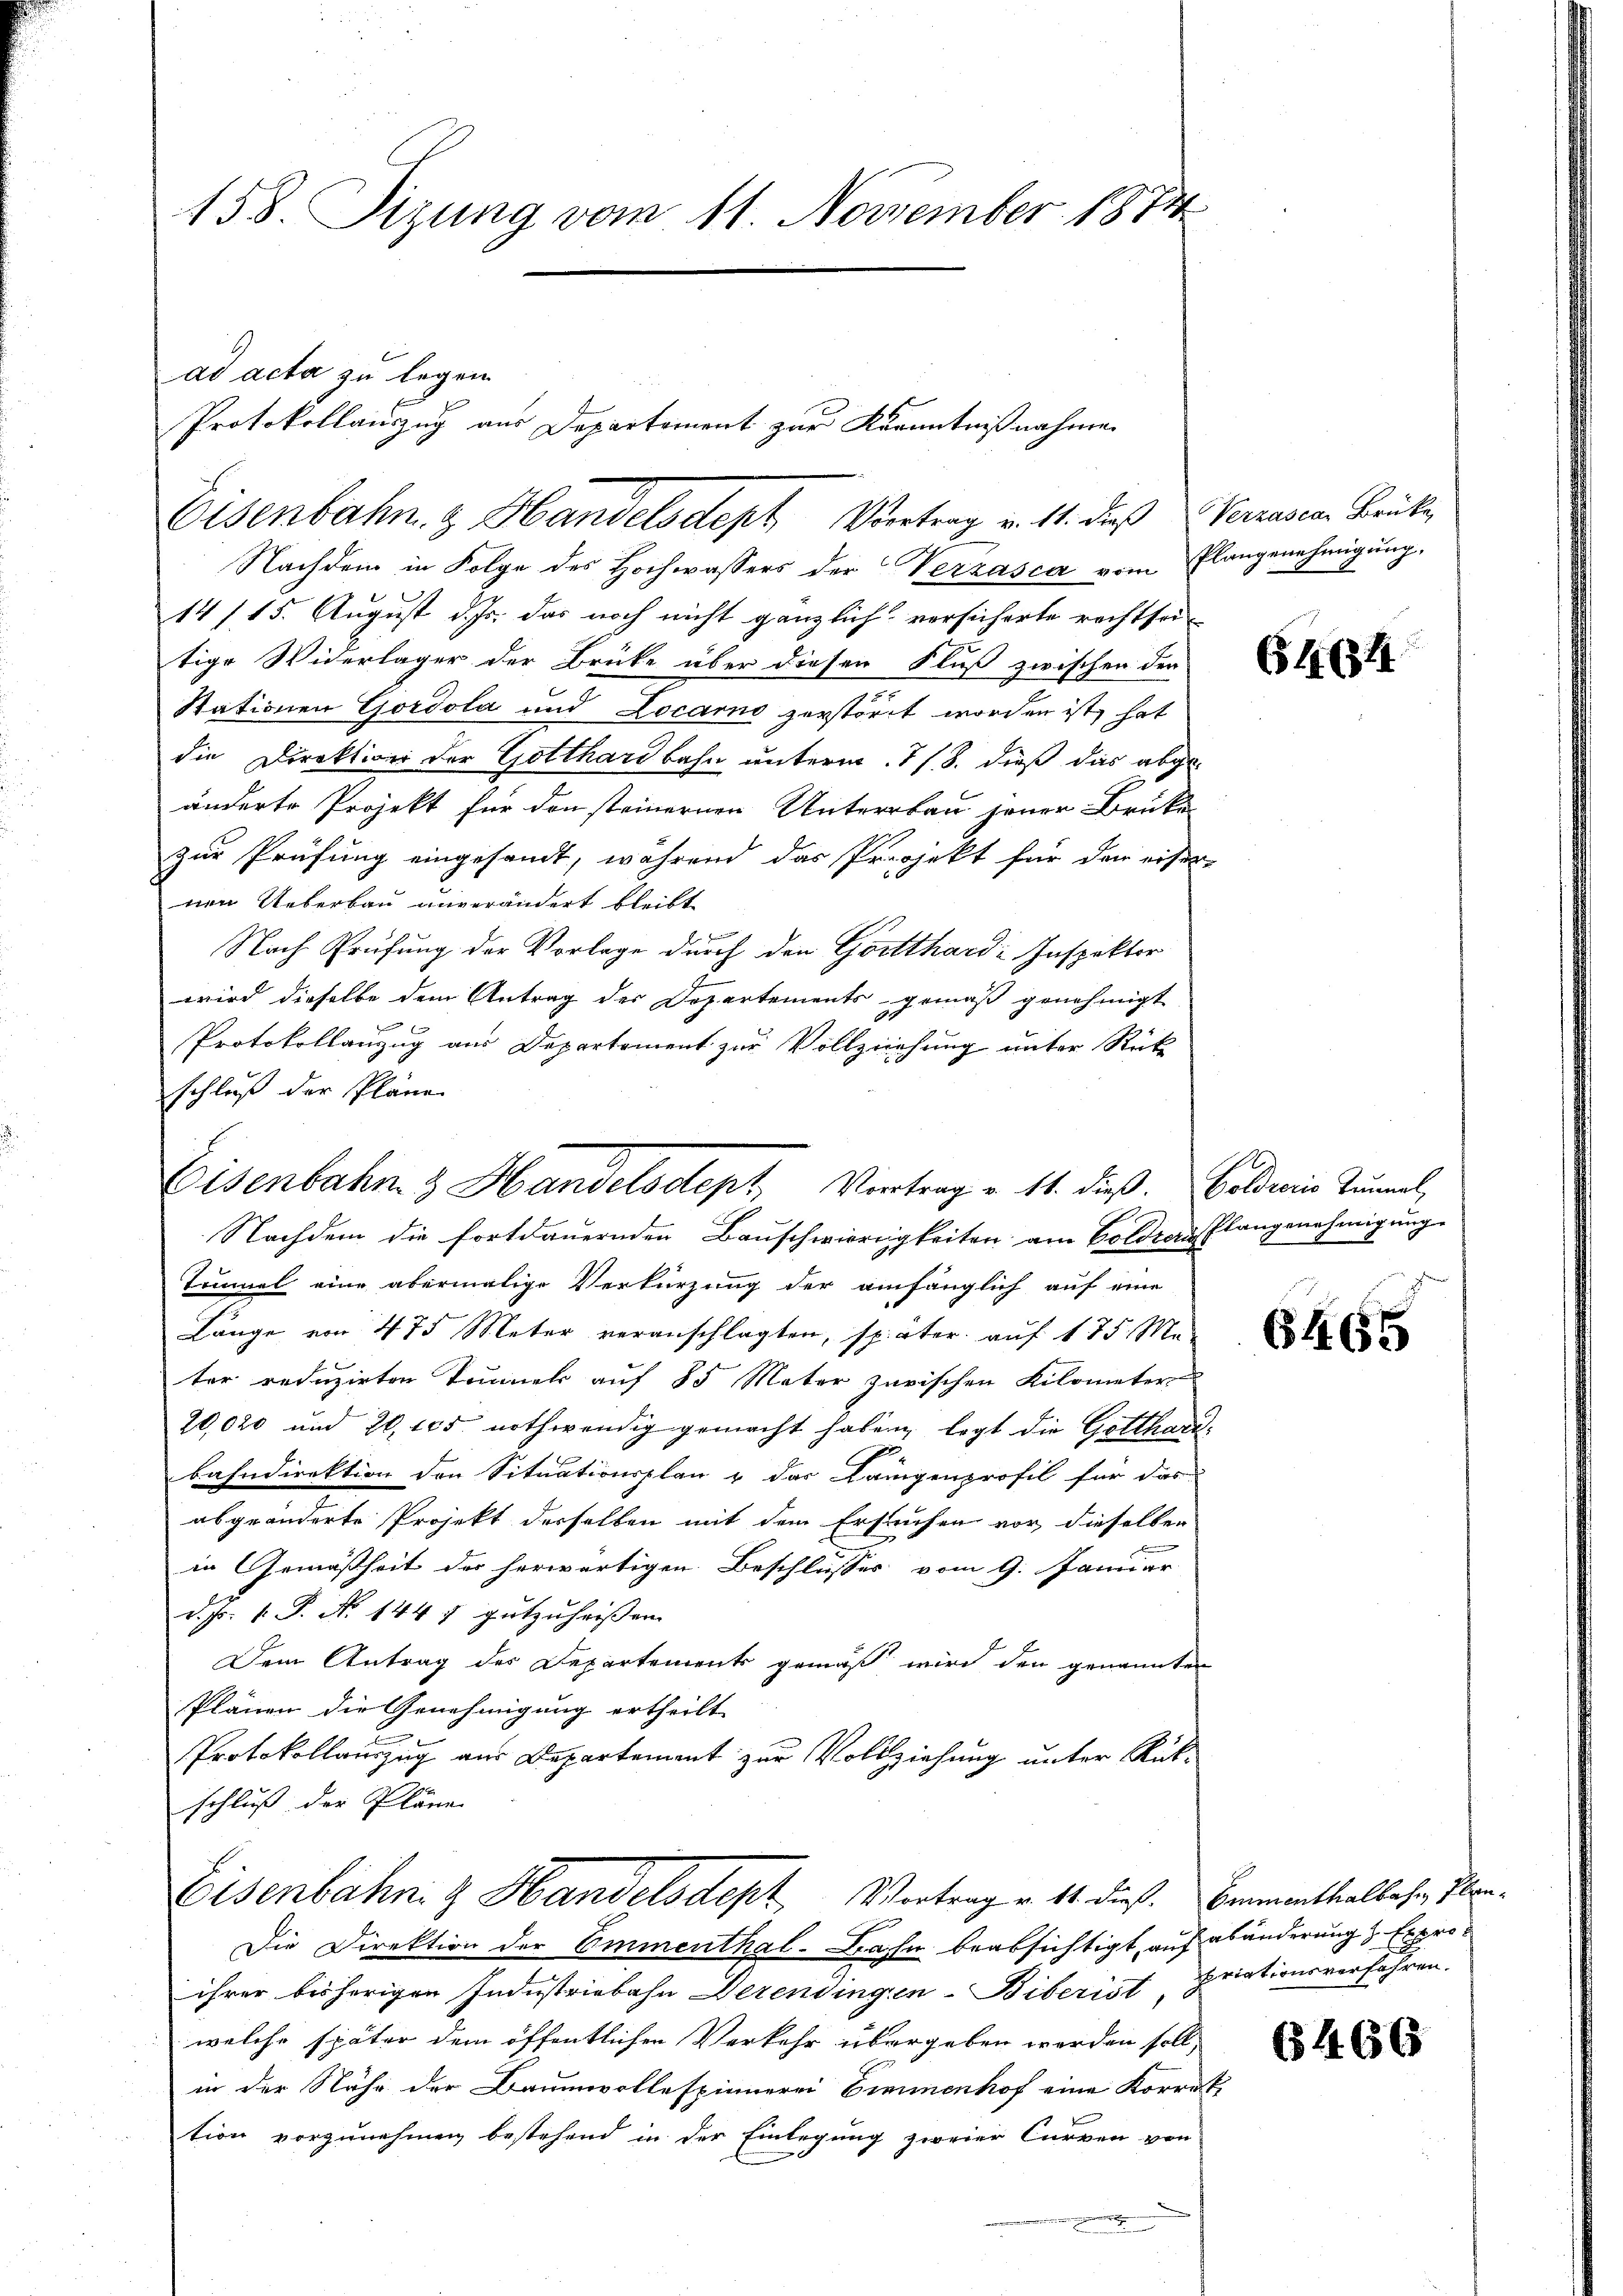
158. Sizung vom 11. November 1874

Eisenbahn. & Handelsdept Vertrag u. 11. dieß Verrasen Brücke,
Nachdem in Folge des Hochwassers der Verzasca vom Plangenehmigung,
14/15. August d. Js. das noch nicht gänzlich versicherte recht sei-
tige Widerlager der Brücke über dieser Fluß zwischen der
Stationen Gordola und Locarno zerstört worden ist, hat
die Direktion der Gotthardbahn unterm 7 / 8. dieß das abge-
änderte Projekt für den steinernen Unterrbau jener Brüke-
zur Prüfung eingesandt, während das Projekt für der eiser-
nen Ueberbau unverändert bleibt
Nach Prüfung der Vorlege durch den Gotthard-Inspektor
wird dieselbe dem Antrag des Departements gemäß genehmigt
Protokollanzug aus Departement zur Vollziehung unter Rück
schluß der Pläne
Nachdem die fortdauernden Bauschwierigkeiten am Goldren Plangenehmigunge
Timnel eine abermalige Verkürzung der anfänglich auf eine
Länge von 475 Meter veranschlagten, später auf 175 Ma-
ter reduzirten Tunnels auf 85 Mater zerischen Kilometer
20,020 und 20,205 nothwendig gemacht haben, legt die Gotthardbahndirektion den Situationsplan & das Langenprofil für das
abgeänderte Projekt derselben mit dem Erstuchen vor dieselben
.
in Gemäßheit der herwärtigen Beschlusses vom 9. Januar
d. Js. 1. P. N. 144 f gutzuheißen.
Dem Antrag des Departements gemäß wird den genannten
Plänen die Genehmigung ertheilt. |
2
Protokollauszug aus Departement zur Vollziehung unter Rükschluß der Pläne
Eisenbahn & Handelsdept Vortrag v. 14. dieß. Beamenthaltehen, Plan¬
Die Direktion der Emmenthal-Bahn beabsichtigt, auf abänderung & Exproihrer bisherigen Industriebahn Derendingen-Biberist, priationsverfahren.
welche später dem öffentlichen Verkehr übergeben werden soll,
in der Nähe der Baumwollespinnerei Eimmenhof eine Korrek-
tion vorzunehmen bestehend in der Einlegung zweier Curven von
e

ad acta zu legen.
Protokollauszug aus Departement zur Kenntnißnahme

Eisenbahn 3 Handelsdept, Vortrag u. 11. dieß. Goldivis Tunal,

6464

6465

6466